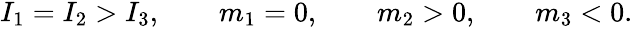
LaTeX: \begin{array}{r}{I_{1}=I_{2}>I_{3},\qquad m_{1}=0,\qquad m_{2}>0,\qquad m_{3}<0.}\end{array}